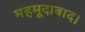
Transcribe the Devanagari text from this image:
महमूदाबाद।